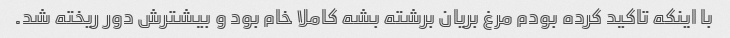
با اینکه تاکید کرده بودم مرغ بریان برشته بشه کاملا خام بود و بیشترش دور ریخته شد.